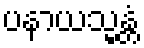
ပနာယသ္မန္တံ